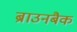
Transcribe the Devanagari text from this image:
ब्राउनबैक